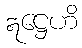
ဣဋ္ဌေဟိ